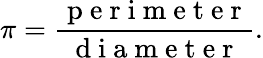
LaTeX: \pi=\frac{\mathrm{~p~e~r~i~m~e~t~e~r~}}{\mathrm{~d~i~a~m~e~t~e~r~}}.